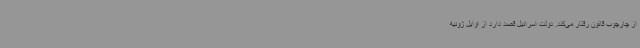
از چارچوب قانون رفتار می‌کند. دولت اسرائیل قصد دارد از اوایل ژوئیه